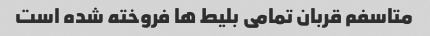
متاسفم قربان تمامی بلیط ها فروخته شده است